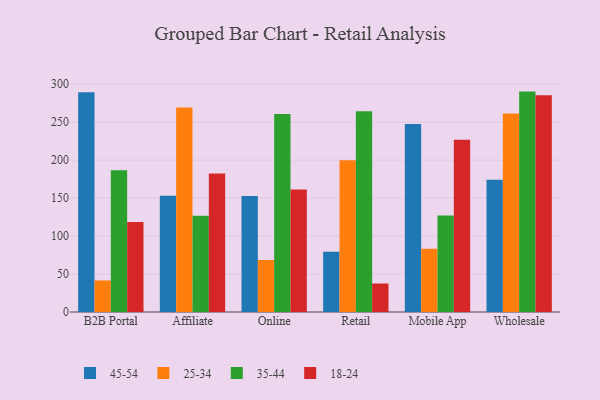
{"axis": {"x": "Channel", "y": "Market Share (%)"}, "legend": ["18-24", "25-34", "35-44", "45-54"], "data": [{"x": "B2B Portal", "y": 289.4, "type": "45-54"}, {"x": "B2B Portal", "y": 41.6, "type": "25-34"}, {"x": "B2B Portal", "y": 186.7, "type": "35-44"}, {"x": "B2B Portal", "y": 118.4, "type": "18-24"}, {"x": "Affiliate", "y": 153.0, "type": "45-54"}, {"x": "Affiliate", "y": 269.2, "type": "25-34"}, {"x": "Affiliate", "y": 126.7, "type": "35-44"}, {"x": "Affiliate", "y": 182.5, "type": "18-24"}, {"x": "Online", "y": 152.7, "type": "45-54"}, {"x": "Online", "y": 68.6, "type": "25-34"}, {"x": "Online", "y": 260.6, "type": "35-44"}, {"x": "Online", "y": 161.4, "type": "18-24"}, {"x": "Retail", "y": 79.3, "type": "45-54"}, {"x": "Retail", "y": 199.8, "type": "25-34"}, {"x": "Retail", "y": 264.4, "type": "35-44"}, {"x": "Retail", "y": 37.5, "type": "18-24"}, {"x": "Mobile App", "y": 247.6, "type": "45-54"}, {"x": "Mobile App", "y": 83.3, "type": "25-34"}, {"x": "Mobile App", "y": 127.2, "type": "35-44"}, {"x": "Mobile App", "y": 226.7, "type": "18-24"}, {"x": "Wholesale", "y": 174.1, "type": "45-54"}, {"x": "Wholesale", "y": 261.2, "type": "25-34"}, {"x": "Wholesale", "y": 290.2, "type": "35-44"}, {"x": "Wholesale", "y": 285.5, "type": "18-24"}]}